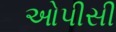
ઓપીસી